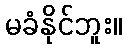
မခံနိုင်ဘူး။